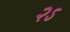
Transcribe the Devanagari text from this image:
२ऽ